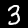
Digit: 3